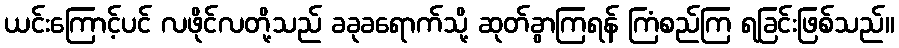
ယင်းကြောင့်ပင် လဖိုင်လတို့သည် ခခုခရောက်သို့ ဆုတ်ခွာကြရန် ကြံစည်ကြ ရခြင်းဖြစ်သည်။